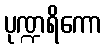
ပုဏ္ဍရိကော